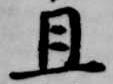
旦